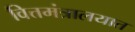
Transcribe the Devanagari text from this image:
वित्तमंत्रालयात